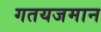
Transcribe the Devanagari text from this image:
गतयजमान